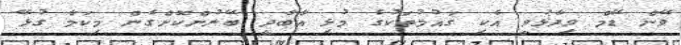
ވޭން ޑޭމް ވިދާޅުވީ އެކި ގައުމުތަކުގެ މުޅި އާބާދީ ބޭނުންކޮށްގެން މިކަމާ ގުޅޭ